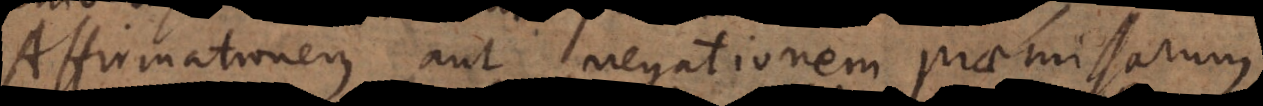
Affirmationem aut negationem praemissarum